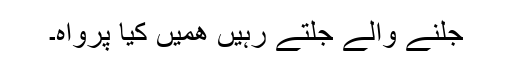
جلنے والے جلتے رہیں ھمیں کیا پرواہ۔